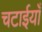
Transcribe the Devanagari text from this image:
चटाईयाँ